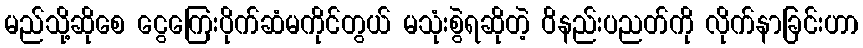
မည်သို့ဆိုစေ ငွေကြေးပိုက်ဆံမကိုင်တွယ် မသုံးစွဲရဆိုတဲ့ ဝိနည်းပညတ်ကို လိုက်နာခြင်းဟာ